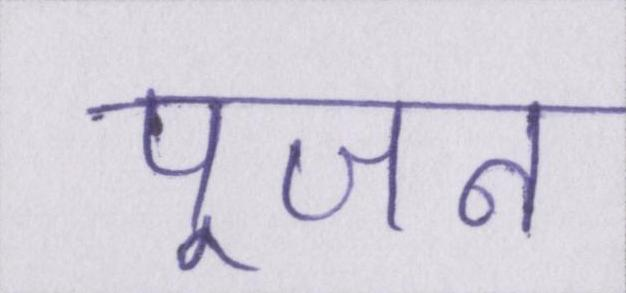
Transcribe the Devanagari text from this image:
पूजन